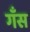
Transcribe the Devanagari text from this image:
गँस